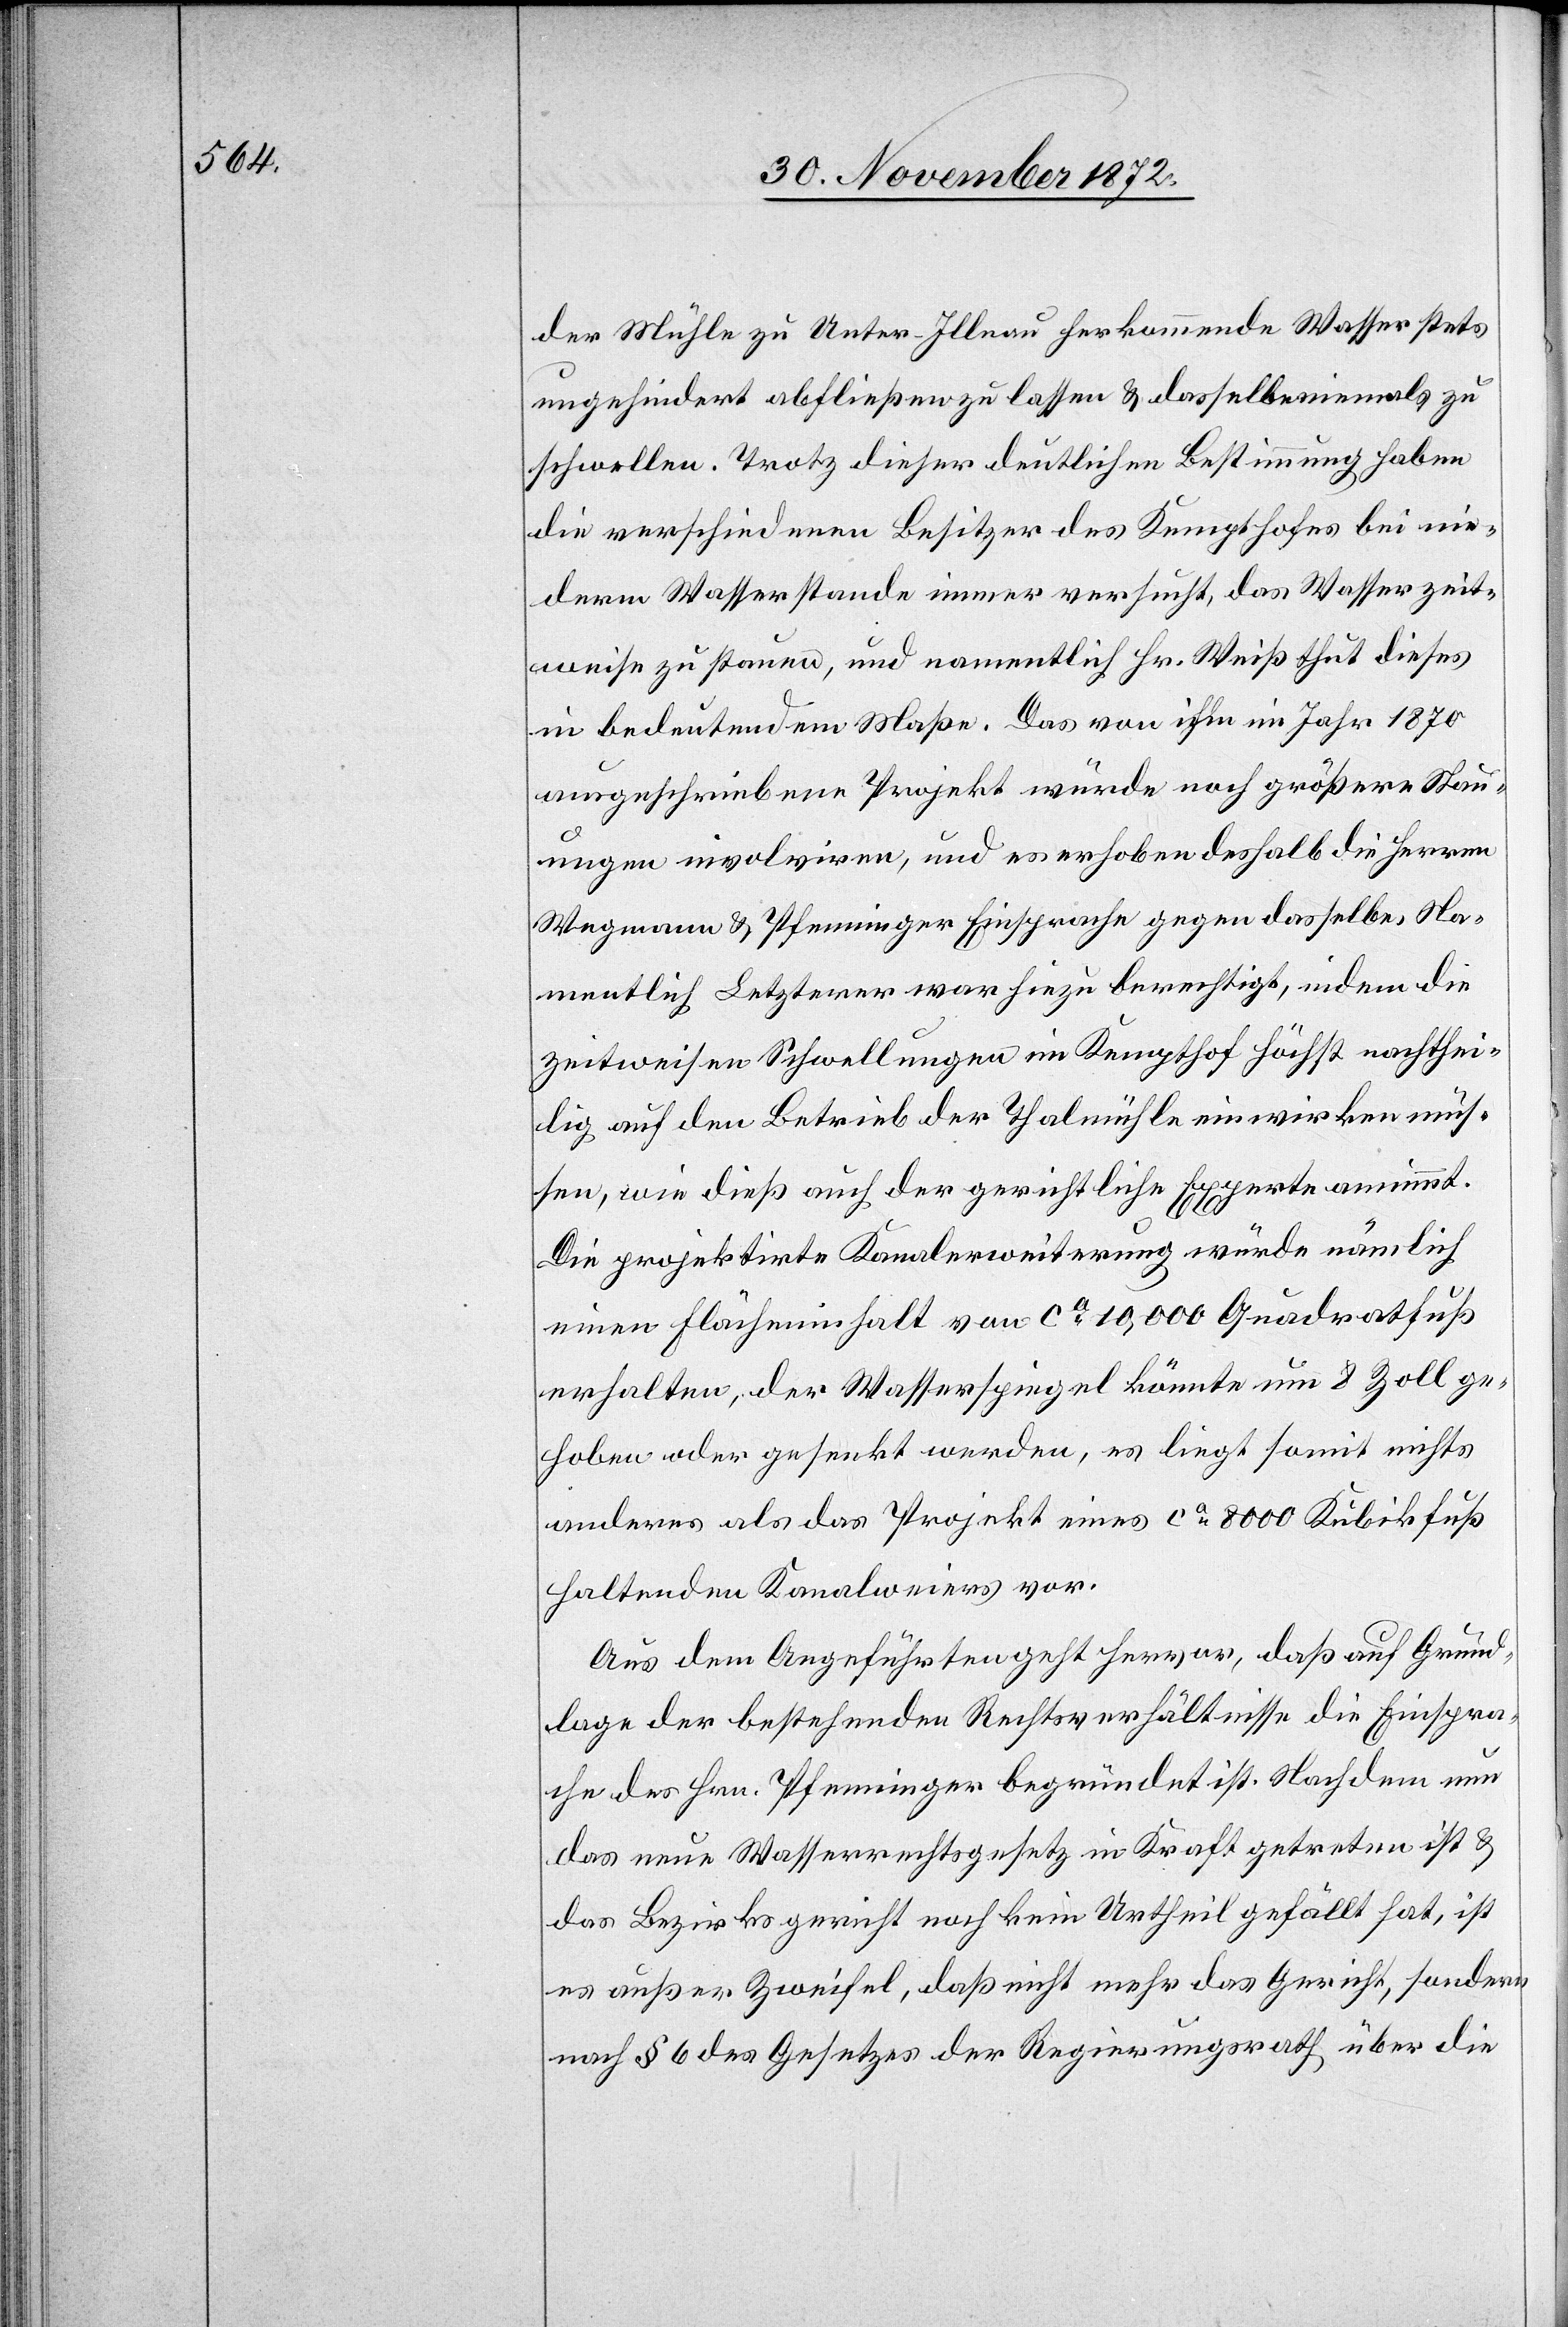
der Mühle zu Unter-Illnau herkommende Wasser stets
ungehindert abfließen zu lassen u. dasselbe niemals zu
schwellen. Trotz dieser deutlichen Bestimmung haben
die verschiedenen Besitzer des Kempthofes bei nie¬
derm Wasserstande immer versucht, das Wasser zeit¬
weise zu stauen, und namentlich Hr. Weiß thut dieses
in bedeutendem Maße. Das von ihm im Jahr 1870
ausgeschriebene Projekt würde noch größere Stau¬
ungen involviren, und es erhoben deshalb die Herren
Wegmann u. Pfenninger Einsprache gegen dasselbe. Na¬
mentlich Letzterer war hiezu berechtigt, indem die
zeitweisen Schwellungen im Kempthof höchst nachthei¬
lig auf den Betrieb der Thalmühle einwirken müs¬
sen, wie dieß auch der gerichtliche Experte annimmt.
Die projektirte Kanalerweiterung würde nämlich
einen Flächeninhalt von ca 10,000 Quadratfuß
erhalten, der Wasserspiegel könnte um 8 Zoll ge¬
hoben oder gesenkt werden, es liegt somit nichts
anderes als das Projekt eines ca 8 000 Kubikfuß
haltenden Kanalweiers vor.
Aus dem Angeführten geht hervor, daß auf Grund¬
lage der bestehenden Rechtsverhältnisse die Einspra¬
che des Hrn. Pfenninger begründet ist. Nachdem nun
das neue Wasserrechtsgesetz in Kraft getreten ist u.
das Bezirksgericht noch kein Urtheil gefällt hat, ist
es außer Zweifel, daß nicht mehr das Gericht, sondern
nach § 6 des Gesetzes der Regierungsrath über die